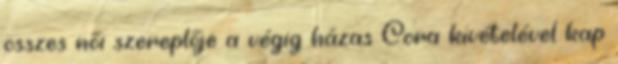
összes női szereplője a végig házas Cora kivételével kap